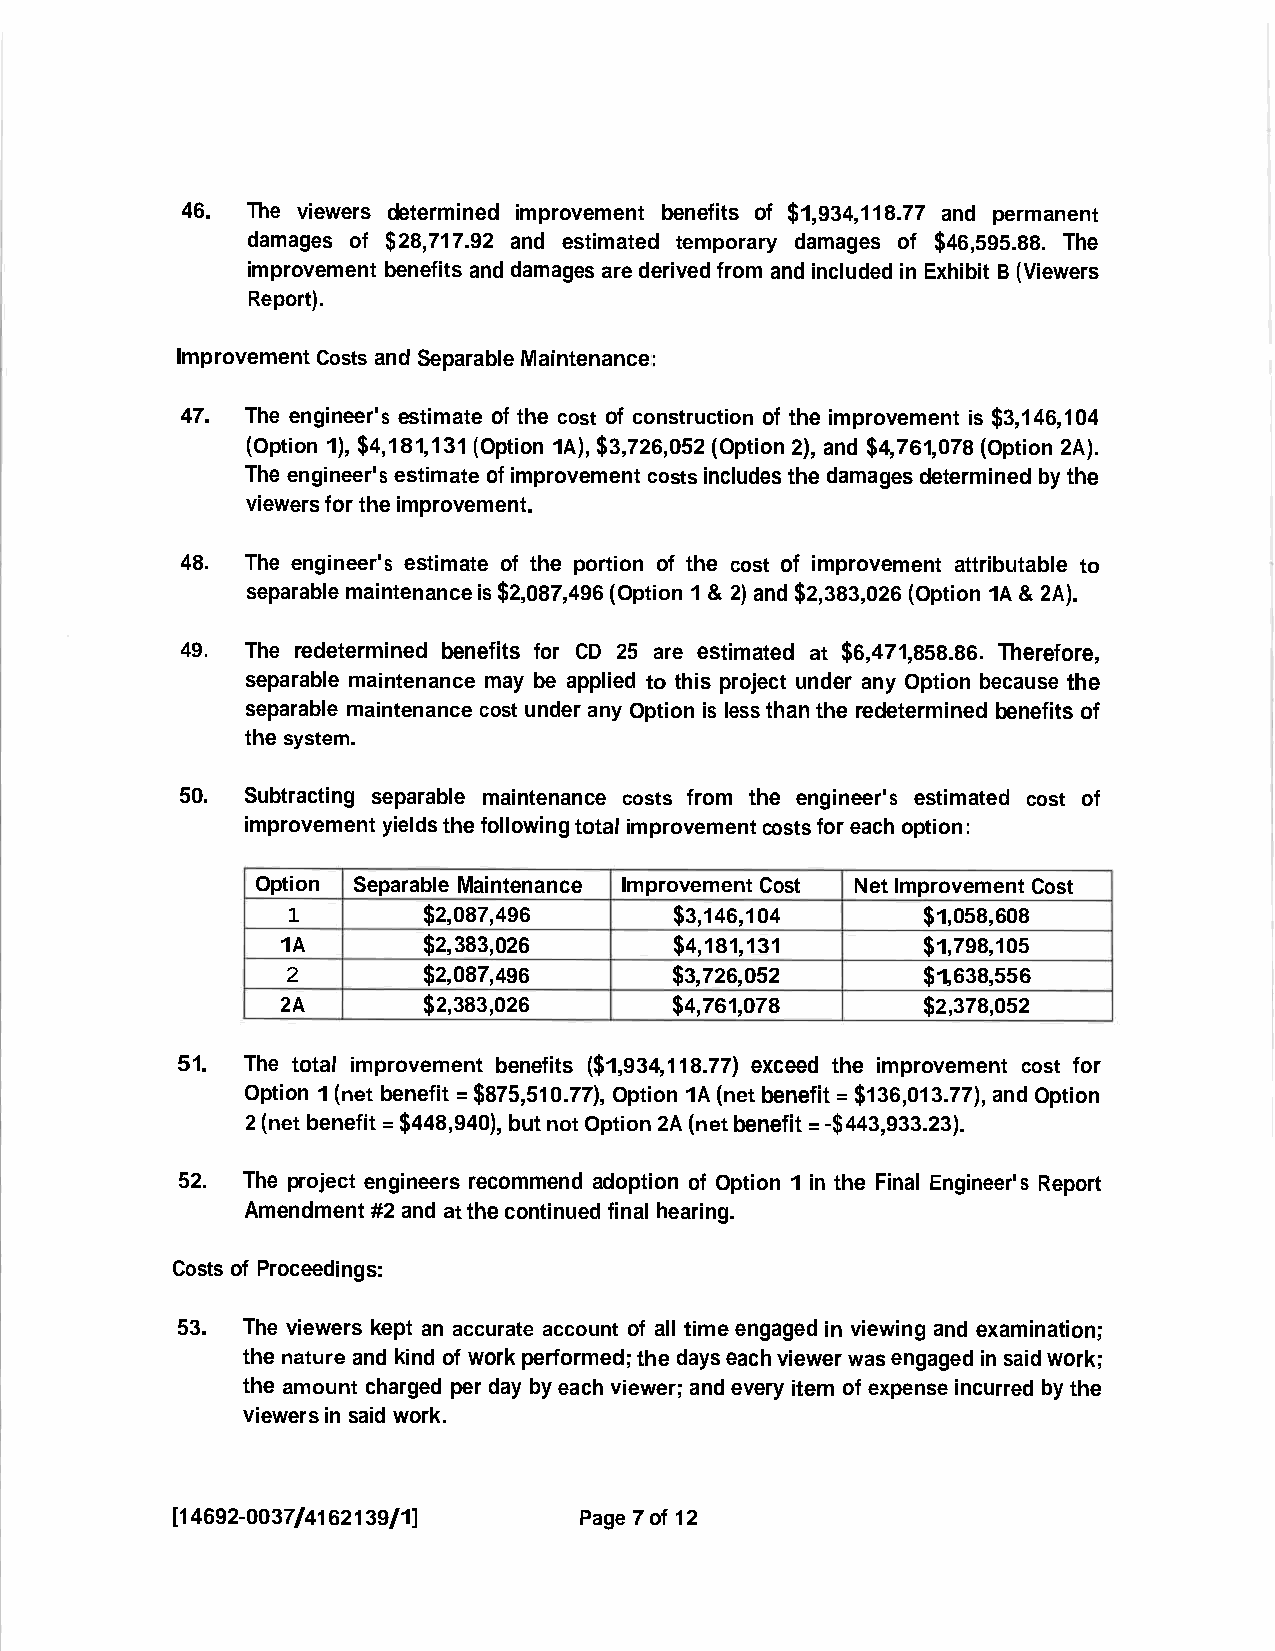
46. The viewers determined improvement benefits of $1,934,118.77 and permanent
 damages of $28,717.92 and estimated temporary damages of $46,595.88. The
 improvement benefitsand damagesarederivedfrom and includedinExhibit B (Viewers
 Report).
 ImprovementCostsandSeparableMaintenance:
 47. The engineer's estimate of the cost of construction of the improvement is $3,146,104
 (Option1), $4,181,131(Option 1A),$3,726,052(Option2), and $4,761,078(Option 2A).
 The engineer's estimate ofimprovementcostsincludesthedamagesdeterminedby the
 viewersfortheimprovement.
 48. The engineer's estimate of the portion of the cost of improvement attributable to
 separablemaintenanceis$2,087,496(Option1& 2)and $2,383,026 (Option1A& 2A).
 49. The redetermined benefits for CD 25 are estimated at $6,471,858.86. Therefore,
 separable maintenance may be applied to this project under any Option because the
 separable maintenance cost under any Option is less thanthe redeterminedbenefitsof
 thesystem.
 50. Subtracting separable maintenance costs from the engineer's estimated cost of
 improvementyieldsthefollowingtotalimprovementcostsforeachoption:
 Option Separable Maintenance ImprovementCost NetImprovementCost
 1        $2,087,496       $3,146,104      $1,058,608
 1A        $2,383,026       $4,181,131      $1,798,105
 2        $2,087,496       $3,726,052      $1,638,556
 2A       $2,383,026       $4,761,078      $2,378,052
 51. The total improvement benefits ($1,934,118.77) exceed the improvement cost for
 Option 1(net benefit =$875,510.77),Option1A(netbenefit=$136,013.77),and Option
 2(netbenefit=$448,940),butnotOption2A(netbenefit=-$443,933.23).
 52. The project engineers recommend adoption of Option 1in the Final Engineer's Report
 Amendment#2and atthecontinuedfinalhearing.
 CostsofProceedings:
 53. The viewers kept an accurate account of all time engaged in viewing and examination;
 thenature and kindof workperformed;the dayseachviewerwasengagedinsaidwork;
 the amount charged per day by each viewer;andeveryitem of expenseincurred by the
 viewersinsaid work.
 [14692-0037/4162139/1]     Page7of12